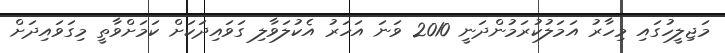
މަޖިލީހުގައި މިހާރު އަމަލުކުރަމުންދަނީ 2010 ވަނަ އަހަރު އެކުލަވާލި ގަވައިދަކަށް ކަމަށްވާތީ މިގަވައިދަށް